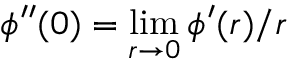
\phi ^ { \prime \prime } ( 0 ) = \operatorname* { l i m } _ { r \to 0 } \phi ^ { \prime } ( r ) / r